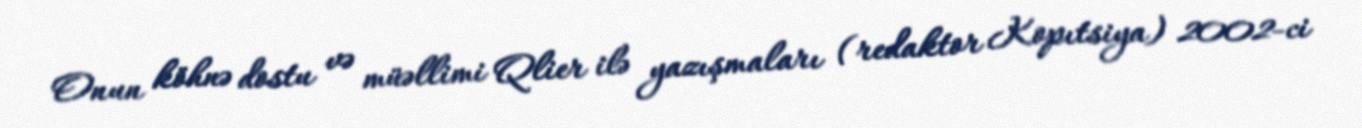
Onun köhnə dostu və müəllimi Qlier ilə yazışmaları (redaktor Kopıtsiya) 2002-ci